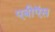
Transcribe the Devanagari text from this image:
एबीऍस